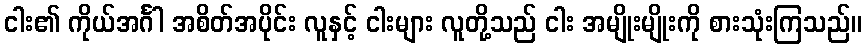
ငါး၏ ကိုယ်အင်္ဂါ အစိတ်အပိုင်း လူနှင့် ငါးများ လူတို့သည် ငါး အမျိုးမျိုးကို စားသုံးကြသည်။